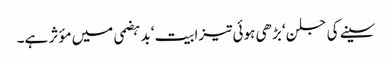
سینے کی جلن‘ بڑھی ہوئی تیزابیت‘ بدہضمی میں مؤثر ہے۔